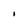
Character: I